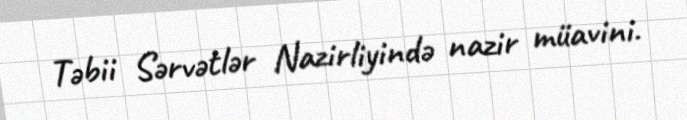
Təbii Sərvətlər Nazirliyində nazir müavini.